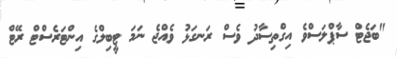
"ބަޖެޓް ސާޕްލަސްވެ އިގްތިސާދު ވެސް ރަނގަޅު ވެއްޖެ ނަމަ ޓީބިލްގެ އިންޓަރެސްޓް ރޭޓް